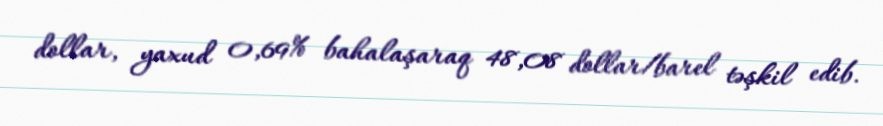
dollar, yaxud 0,69% bahalaşaraq 48,08 dollar/barel təşkil edib.